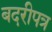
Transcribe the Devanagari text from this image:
बदरीपत्र